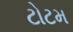
ટોટમ